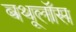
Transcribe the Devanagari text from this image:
बथूलॉस